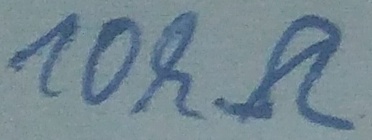
Text: 10kΩ